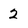
Character: 2